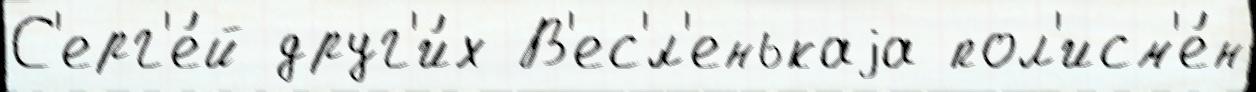
С'ерг'е́й друг'и́х В'ес'́л'енькаjа пол'исм'е́н